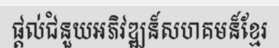
ផ្តល់ជំនួយអភិវឌ្ឍន៏សហគមន៏ខ្មែរ